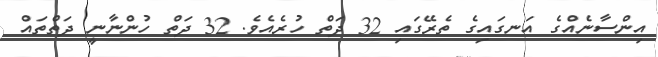
އިންސާނެއްގެ އަނގައިގެ ތެރޭގައި 32 ދަތް ހުރެއެވެ. 32 ދަތް ހުންނާނީ ދަތްތައް